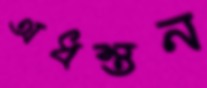
অধস্তন